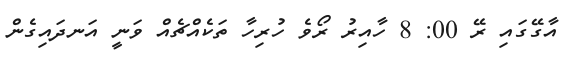
އާގޭގައި ރޭ 00: 8 ހާއިރު ރޯވެ ހުރިހާ ތަކެއްޗެއް ވަނީ އަނދައިގެން